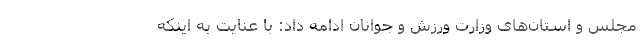
مجلس و استان‌های وزارت ورزش و جوانان ادامه داد: با عنایت به اینکه